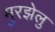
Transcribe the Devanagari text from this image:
मुरझेलु